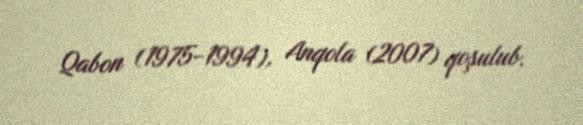
Qabon (1975-1994), Anqola (2007) qoşulub.